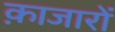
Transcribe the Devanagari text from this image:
क़ाजारों